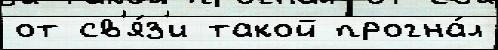
от св'я́з'и такой прогна́л